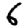
Digit: 6